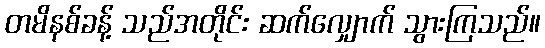
တမိနစ်ခန့် သည်အတိုင်း ဆက်လျှောက် သွားကြသည်။